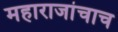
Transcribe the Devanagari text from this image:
महाराजांचाच